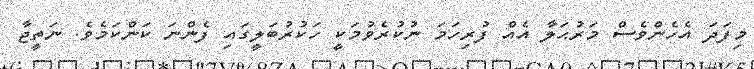
މިފަދަ އެހެންވެސް މަރުޙަލާ އެއް ފުރިހަމަ ނުކުރެވުމަކީ ހަކުރުބަލީގައި ފެންނަ ކަންކަމެވެ. ނަތީޖާ